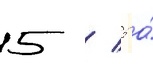
5 / 5 а́